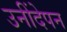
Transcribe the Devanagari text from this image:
उनींदेपन